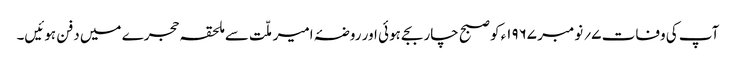
آپ کی وفات ۷؍ نومبر ۱۹۶۷ء کو صبح چار بجے ہوئی اور روضۂ امیر ملّت سے ملحقہ حجرے میں دفن ہوئیں۔